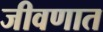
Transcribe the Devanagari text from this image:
जीवणात